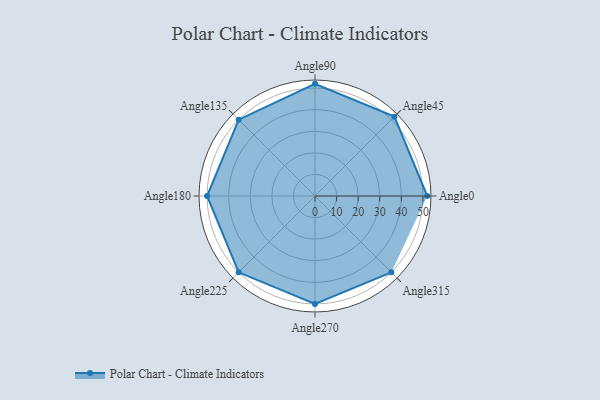
{"axis": {"x": "Angle", "y": "Radius"}, "legend": [""], "data": [{"x": "Angle0", "y": 52.0, "type": ""}, {"x": "Angle45", "y": 52.0, "type": ""}, {"x": "Angle90", "y": 52.0, "type": ""}, {"x": "Angle135", "y": 50, "type": ""}, {"x": "Angle180", "y": 50, "type": ""}, {"x": "Angle225", "y": 50, "type": ""}, {"x": "Angle270", "y": 50, "type": ""}, {"x": "Angle315", "y": 50.0, "type": ""}]}